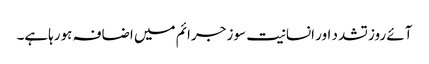
آئے روز تشدد اور انسانیت سوز جرائم میں اضافہ ہورہاہے۔